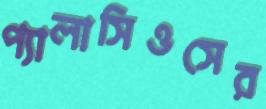
প্যালাসিওসের